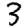
Digit: 3